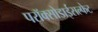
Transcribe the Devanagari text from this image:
परॉक्सोडाईसल्फेट